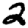
Digit: 2